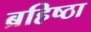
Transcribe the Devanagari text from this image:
ब्रहिष्ठा